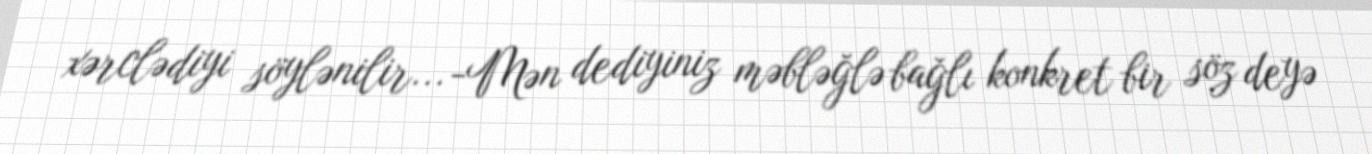
xərclədiyi söylənilir... -Mən dediyiniz məbləğlə bağlı konkret bir söz deyə